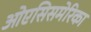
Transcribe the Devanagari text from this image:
ओएसिसमेरिका